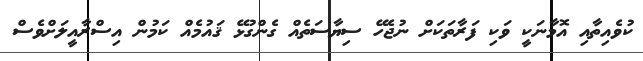
ކުވެއިތާއި އޮމާނަކީ ވަކި ފަރާތަކަށް ނުޖެހޭ ސިޔާސަތެއް ގެންގުޅޭ ޤައުމެއް ކަމުން އިސްރާއީލަށްވެސް